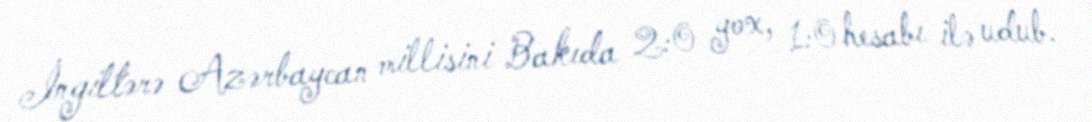
İngiltərə Azərbaycan millisini Bakıda 2:0 yox, 1:0 hesabı ilə udub.